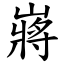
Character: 嶈